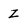
Character: Z